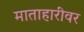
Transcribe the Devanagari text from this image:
माताहारीवर